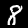
Label: 8